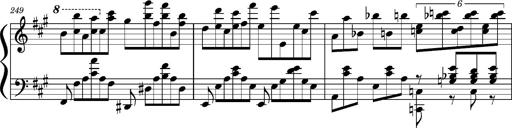
Title: Concerto sans orchestre, S.524a
Composer: Franz Liszt
Key: A major